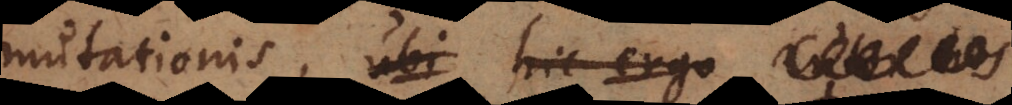
mutationis, ubi hic ergo